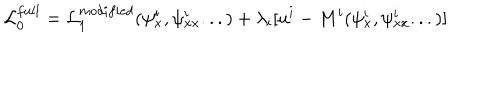
{ \cal L } _ { 0 } ^ { f u l l } = { \cal L } _ { 1 } ^ { m o d i f i e d } ( \psi _ { x } ^ { i } , \psi _ { x x } ^ { i } . . . ) + \lambda _ { i } [ u ^ { i } - M ^ { i } ( \psi _ { x } ^ { i } , \psi _ { x x } ^ { i } . . . ) ]